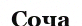
Соча